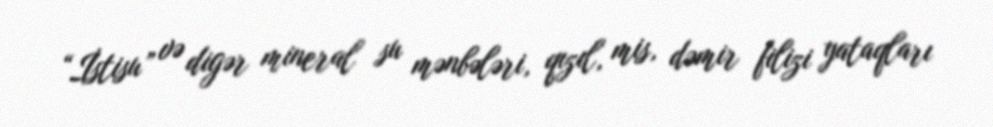
“İstisu” və digər mineral su mənbələri, qızıl, mis, dəmir filizi yataqları